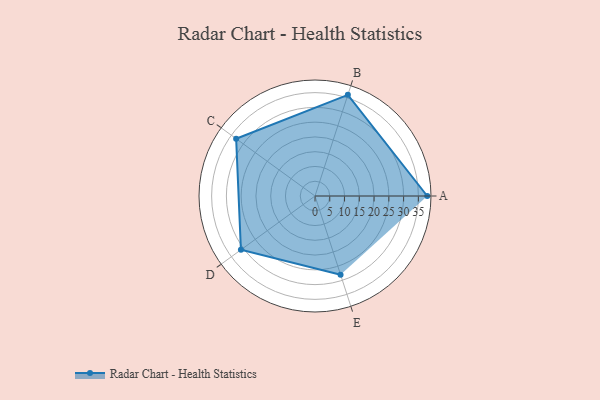
{"axis": {"x": "Skill", "y": "Score"}, "legend": ["Profile"], "data": [{"x": "A", "y": 38.0, "type": "Profile"}, {"x": "B", "y": 36.0, "type": "Profile"}, {"x": "C", "y": 33.0, "type": "Profile"}, {"x": "D", "y": 31.0, "type": "Profile"}, {"x": "E", "y": 28.0, "type": "Profile"}]}